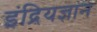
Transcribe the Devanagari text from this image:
इंद्रियज्ञान